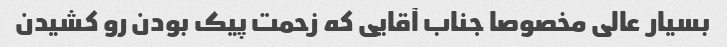
بسیار عالی مخصوصا جناب آقایی که زحمت پیک بودن رو کشیدن